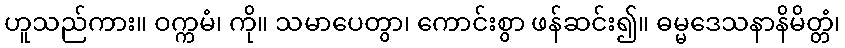
ဟူသည်ကား။ ဝက္ကမံ၊ ကို။ သမာပေတွာ၊ ကောင်းစွာ ဖန်ဆင်း၍။ ဓမ္မဒေသနာနိမိတ္တံ၊